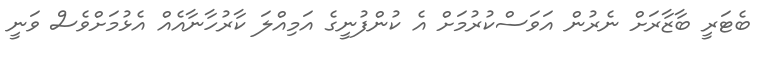
ބެޓަރީ ބާޒާރަށް ނެރުން އަވަސްކުރުމަށް އެ ކުންފުނީގެ އަމިއްލަ ކާރުހާނާއެއް އެޅުމަށްވެސް ވަނީ